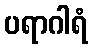
ပရာဂါရံ